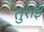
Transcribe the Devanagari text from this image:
तुराई